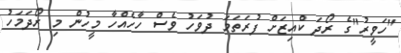
"ހަވީރު"ގެ ރޯދަ ކްއިޒަށް ފުރަތަމަ ދުވަހު ވެސް ހާހެއްހާ މީހުން މި ރޯދަމަހު